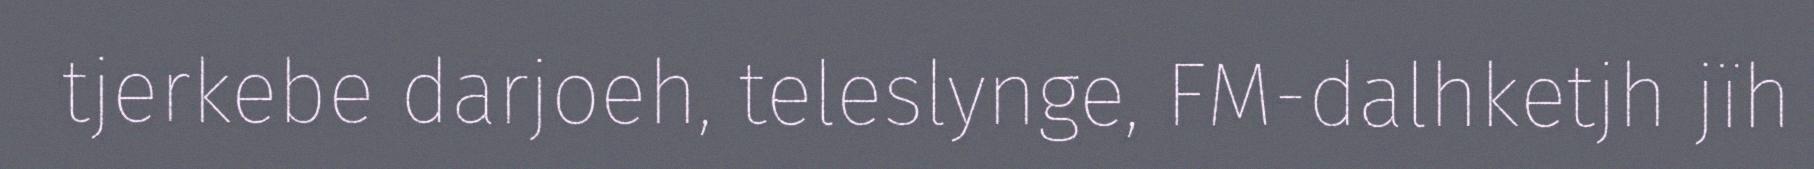
tjerkebe darjoeh, teleslynge, FM-dalhketjh jïh